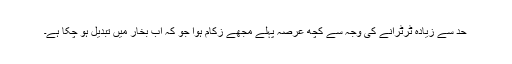
حد سے زیادہ ٹرٹرانے کی وجہ سے کچھ عرصہ پہلے مجھے زکام ہوا جو کہ اب بخار میں تبدیل ہو چکا ہے۔